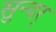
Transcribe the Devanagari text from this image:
सुन्दर्